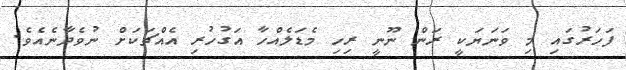
ފަހަރުގައި މި ވަނަޔަކީ ރަން ނޫނީ ރިހި މެޑަލެއްހާ އަގުހުރި އެއްޗަކަށް ނުވެދާނެއެވެ.